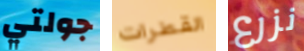
جولتي القطرات نزرع